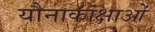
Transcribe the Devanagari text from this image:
यौनाकांक्षाओं